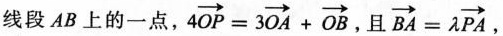
线段AB上的一点， $$4 \overrightarrow { O P } = 3 \overrightarrow { O A } + \overrightarrow { O B }$$ ，且 $$\overrightarrow { B A } = λ \overrightarrow { P A }$$，